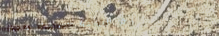
مركز اللياقة البدنية: صحت